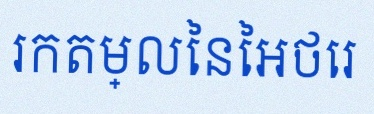
រកតម្លៃនៃអថេរ